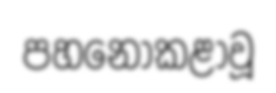
පහනොකළාවූ